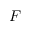
F